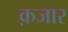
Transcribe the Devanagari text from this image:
क़जार